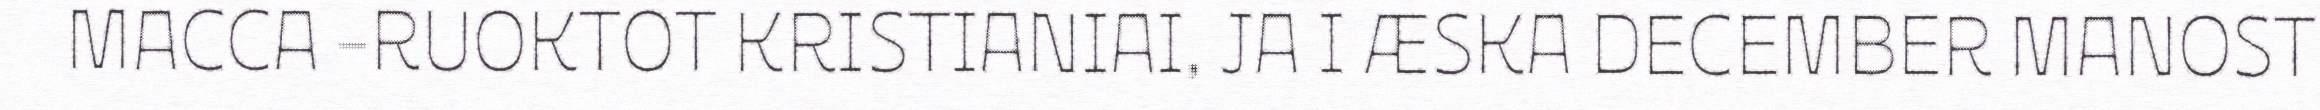
MACCA -RUOKTOT KRISTIANIAI, JA I ÆSKA DECEMBER MANOST